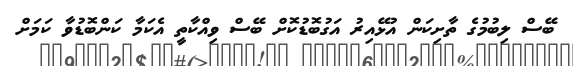
ބޭސް ލިބުމުގެ ތާށިކަން އުޅޭއިރު އަގުބޮޑުކޮށް ބޭސް ވިއްކާތީ އެކަމާ ކަންބޮޑުވާ ކަމަށް